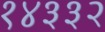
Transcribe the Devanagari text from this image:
१४३३२